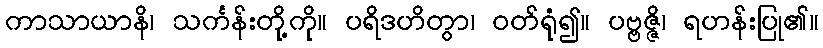
ကာသာယာနိ၊ သင်္ကန်းတို့ကို။ ပရိဒဟိတွာ၊ ဝတ်ရုံ၍။ ပဗ္ဗဇ္ဇိ၊ ရဟန်းပြု၏။